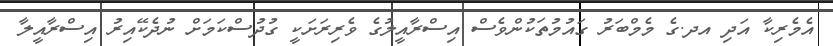
އެމެރިކާ އަދި އދ.ގެ މެމްބަރު ގައުމުތަކުންވެސް އިސްރާއީލުގެ ވެރިރަށަކީ ގުދުސްކަމަށް ނުދެކޭއިރު އިސްރާއީލާ